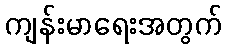
ကျန်းမာရေးအတွက်